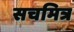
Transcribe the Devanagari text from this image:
सचमित्र